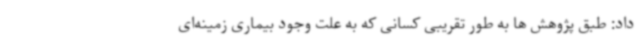
داد: طبق پژوهش ها به طور تقریبی کسانی که به علت وجود بیماری زمینه‌ای